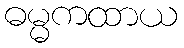
ဓမ္မကထာယ